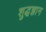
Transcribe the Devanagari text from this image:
शुद्धज्ञान